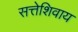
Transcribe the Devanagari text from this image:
सत्तेशिवाय